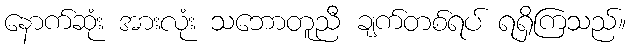
နောက်ဆုံး အားလုံး သဘောတူညီ ချက်တစ်ရပ် ရရှိကြသည်။